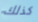
كذلك